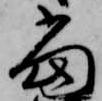
当